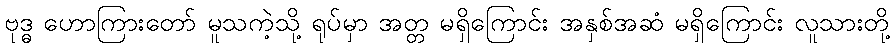
ဗုဒ္ဓ ဟောကြားတော် မူသကဲ့သို့ ရုပ်မှာ အတ္တ မရှိကြောင်း အနှစ်အဆံ မရှိကြောင်း လူသားတို့